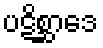
ပဋိစ္ဆာဒေ